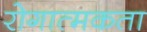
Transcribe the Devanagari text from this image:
रोगात्मकता